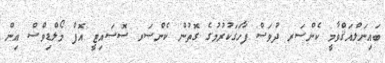
ބައިނަލްއަޤްވާމީ ކެންސަރ ދުވަސް ފާހަގަކުރުމުގެ ގޮތުން ކެންސަރ ސޮސައިޓީ އޮފް މޯލްޑިވްސް އިން